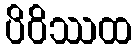
ပိဝိဿထ